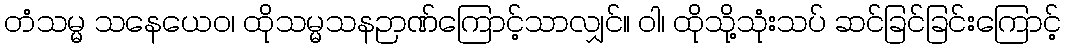
တံသမ္မ သနေယေဝ၊ ထိုသမ္မသနဉာဏ်ကြောင့်သာလျှင်။ ဝါ၊ ထိုသို့သုံးသပ် ဆင်ခြင်ခြင်းကြောင့်